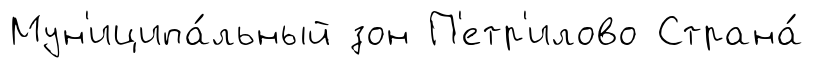
Мун'иципа́льный зон П'етр'илово Страна́